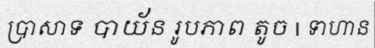
ប្រាសាទ បាយ័ន រូបភាព តូច | ទាហាន